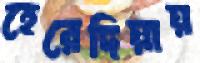
হেরেদিয়ায়